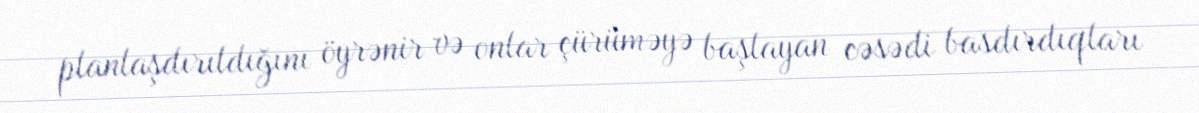
planlaşdırıldığını öyrənir və onlar çürüməyə başlayan cəsədi basdırdıqları